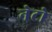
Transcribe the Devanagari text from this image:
नेटो